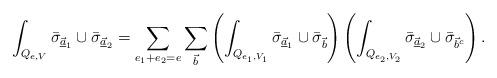
LaTeX: \begin{align*}\int_{Q_{e,V}} \bar{\sigma}_{\underline{\vec{a}}_1} \cup \bar{\sigma}_{\underline{\vec{a}}_2}= \sum_{e_1 + e_2 = e} \sum_{\vec{b}} \left( \int_{Q_{e_1,V_1}}\bar{\sigma}_{\underline{\vec{a}}_1} \cup \bar{\sigma}_{\vec{b}} \right) \left( \int_{Q_{e_2,V_2}}\bar{\sigma}_{\underline{\vec{a}}_2} \cup \bar{\sigma}_{\vec{b}^c} \right).\end{align*}